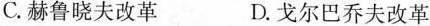
C.赫鲁晓夫改革 D.戈尔巴乔夫改革